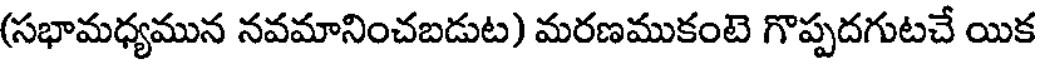
(సభామధ్యమున నవమానించబడుట) మరణముకంటె గొప్పదగుటచే యిక